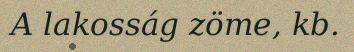
A lakosság zöme, kb.